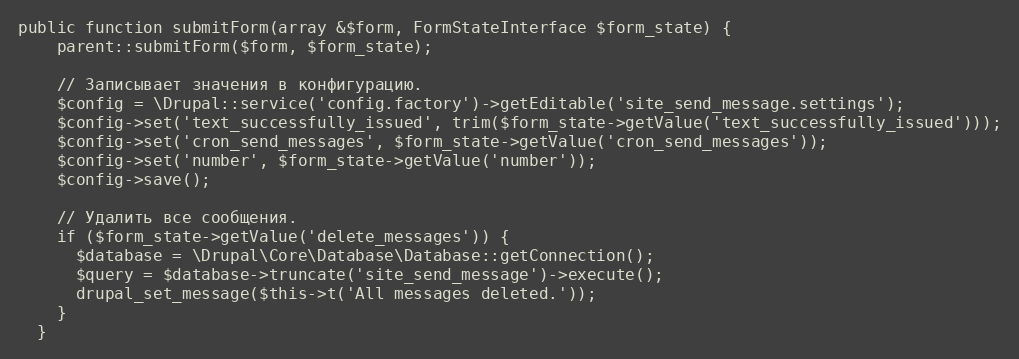
Language: PHP
public function submitForm(array &$form, FormStateInterface $form_state) {
    parent::submitForm($form, $form_state);

    // Записывает значения в конфигурацию.
    $config = \Drupal::service('config.factory')->getEditable('site_send_message.settings');
    $config->set('text_successfully_issued', trim($form_state->getValue('text_successfully_issued')));
    $config->set('cron_send_messages', $form_state->getValue('cron_send_messages'));
    $config->set('number', $form_state->getValue('number'));
    $config->save();

    // Удалить все сообщения.
    if ($form_state->getValue('delete_messages')) {
      $database = \Drupal\Core\Database\Database::getConnection();
      $query = $database->truncate('site_send_message')->execute();
      drupal_set_message($this->t('All messages deleted.'));
    }
  }